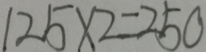
1 2 5 \times 2 = 2 5 0